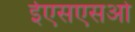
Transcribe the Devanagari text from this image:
ईएसएसओ